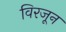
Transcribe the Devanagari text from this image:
विरजून